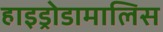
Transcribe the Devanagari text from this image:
हाइड्रोडामालिस